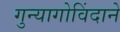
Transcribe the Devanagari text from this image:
गुन्यागोविंदाने